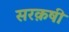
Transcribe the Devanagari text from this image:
सरक़षी